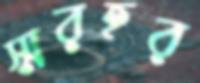
স্মরহর